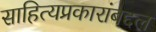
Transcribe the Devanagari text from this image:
साहित्यप्रकारांबद्दल